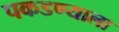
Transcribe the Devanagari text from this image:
पकडण्याला